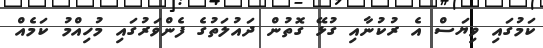
ކަމުގައި ވިޔަސް އެ ރުކުނާއި ގުޅޭ ގޮތުން ދައުލަތުގެ ފެންވަރުގައި މުހިއްމު ކަމެއް